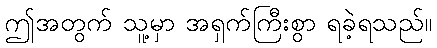
ဤအတွက် သူ့မှာ အရှက်ကြီးစွာ ရခဲ့ရသည်။